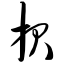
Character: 报